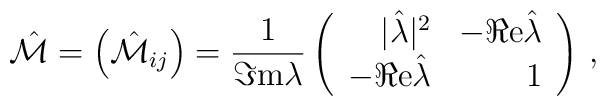
\hat{\cal M}=\left(\hat{\cal M}_{ij}\right)=\frac{1}{\Im {\rm m}\lambda}\left(\begin{array}{rr}|\hat{\lambda}|^{2}        & -\Re {\rm e}\hat{\lambda} \\-\Re {\rm e}\hat{\lambda}  &               1           \\\end{array}\right)\, ,